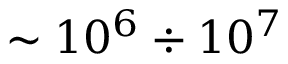
\sim 1 0 ^ { 6 } \div 1 0 ^ { 7 }